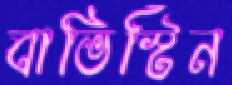
বাভিস্টিন